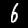
Label: 6